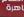
هرة